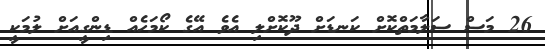
26 މަސް ސަލާމަތްކޮށް ކަނޑަށް ދޫކޮށްލި އެވެ އޭގެ ކޯމަހެއް ޑިންގީއަށް ލުމަކީ